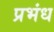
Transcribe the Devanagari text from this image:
प्रभंध